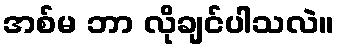
အစ်မ ဘာ လိုချင်ပါသလဲ။